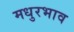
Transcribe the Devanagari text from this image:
मधुरभाव